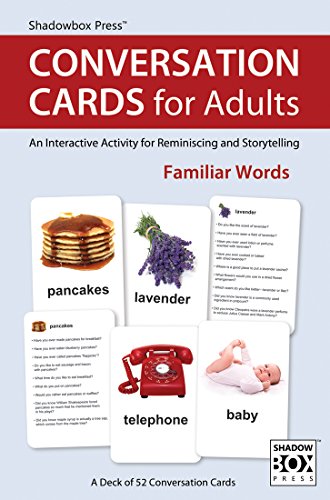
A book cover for Conversation Cards for Adults, Familiar Words - Reminiscence Activity for Alzheimer's / Dementia / Memory Loss Patients and Caregivers; Shadowbox Press; Health, Fitness & Dieting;